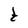
Character: t